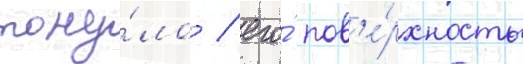
тону́ло / его́ пов'е́рхность